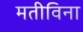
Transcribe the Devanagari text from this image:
मतीविना